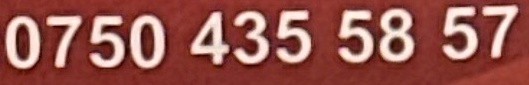
0750 435 58 57